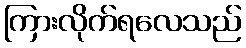
ကြားလိုက်ရလေသည်